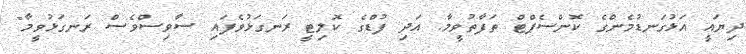
ދިޔައީ އަޅުގަނޑުމެންގެ ކޮންސެޕްޓް ތަފާތުވީމާ. އަދި ފުޑްގެ ކޮލިޓީ ރަނގަޅުވެފައި ސާވިސްވެސް ރަނގަޅުވީމާ"